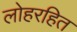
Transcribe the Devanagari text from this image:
लोहरहित